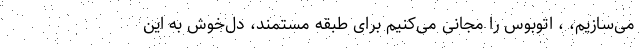
می‌سازیم، ، اتوبوس را مجانی می‌کنیم برای طبقه مستمند، دل‌خوش به این